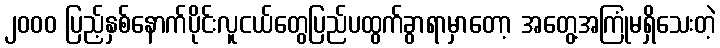
၂၀၀၀ ပြည့်နှစ်နောက်ပိုင်းလူငယ်တွေပြည်ပထွက်ခွာရာမှာတော့ အတွေ့အကြုံမရှိသေးတဲ့